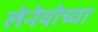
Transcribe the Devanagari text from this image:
लेनेवोच्या